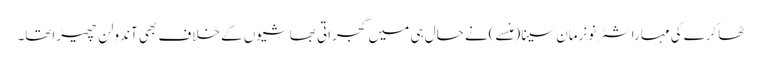
ٹھاکرے کی مہاراشٹرنونرمان سینا(منسے)نے حال ہی میں گجراتی بھاشیوں کے خلاف بھی آندولن چھیڑاتھا۔